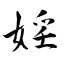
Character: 婬